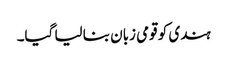
ہندی کو قومی زبان بنا لیا گیا۔